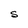
Character: S